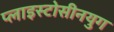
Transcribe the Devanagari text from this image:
प्लाइस्टोसीनयुग